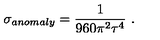
\sigma _ { a n o m a l y } = { \frac { 1 } { 9 6 0 \pi ^ { 2 } \tau ^ { 4 } } } \ .